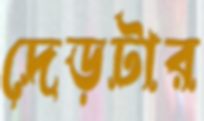
দেড়টার